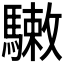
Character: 𩥹